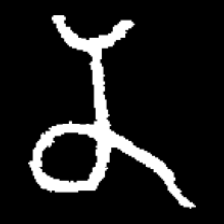
Pyu character \u2014 Myanmar letter: န (romanized: na)